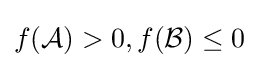
f({\mathcal {A}})>0,f({\mathcal {B}})\leq 0